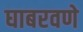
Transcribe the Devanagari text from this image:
घाबरवणे